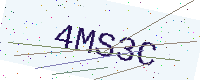
Text: 4MS3C